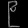
Digit: ၉